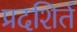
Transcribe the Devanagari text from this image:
प्रदशिर्त